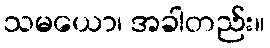
သမယော၊ အခါတည်း။